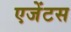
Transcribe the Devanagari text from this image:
एजेंटस